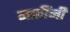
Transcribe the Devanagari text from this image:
नातींनी